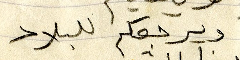
ويرجعكم للبلاد